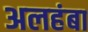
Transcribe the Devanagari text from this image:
अलहंबा